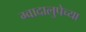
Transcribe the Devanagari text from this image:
ग्वादालुपेच्या